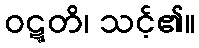
ဝဋ္ဋတိ၊ သင့်၏။